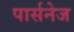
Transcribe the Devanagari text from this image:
पार्सनेज